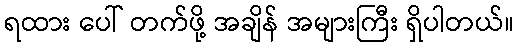
ရထား ပေါ် တက်ဖို့ အချိန် အများကြီး ရှိပါတယ်။